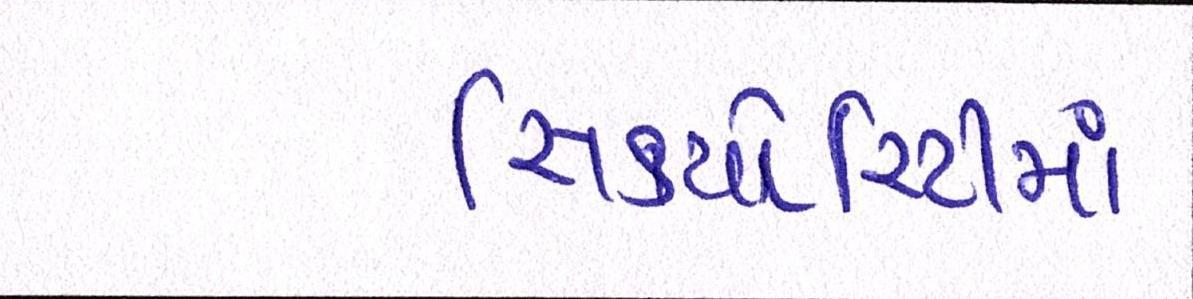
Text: સિક્યોરિટીમાં